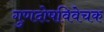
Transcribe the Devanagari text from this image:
गुणदोषविवेचक